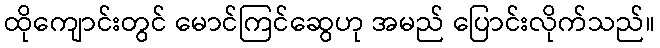
ထိုကျောင်းတွင် မောင်ကြင်ဆွေဟု အမည် ပြောင်းလိုက်သည်။